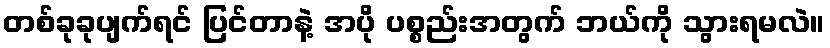
တစ်ခုခုပျက်ရင် ပြင်တာနဲ့ အပို ပစ္စည်းအတွက် ဘယ်ကို သွားရမလဲ။